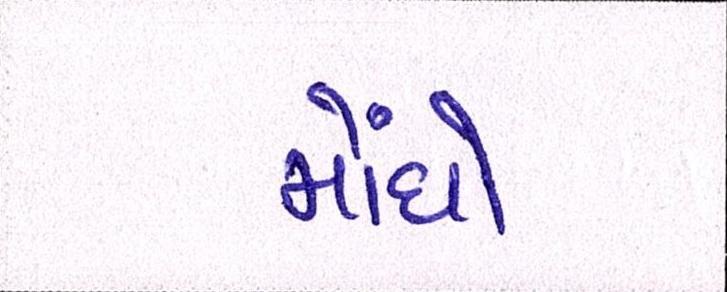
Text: મોંઘો